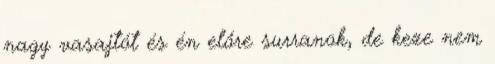
nagy vasajtót és én előre surranok, de keze nem